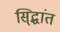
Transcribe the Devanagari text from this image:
सि्द्धांत